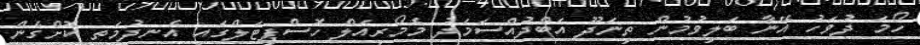
ހޯމަ ދުވަހު އޭނާ ބަލިވުމުން ތިނަދޫ އަބްދުއްސަމަދު މެމޯރިއަލް ހޮސްޕިޓަލްގައި އެނދުމަތި ކޮށްގެން